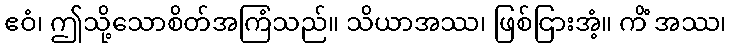
ဧဝံ၊ ဤသို့သောစိတ်အကြံသည်။ သိယာအဿ၊ ဖြစ်ငြားအံ့။ ကိံ အဿ၊